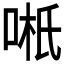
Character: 𱒿